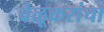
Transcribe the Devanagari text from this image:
वेळूकरांचा